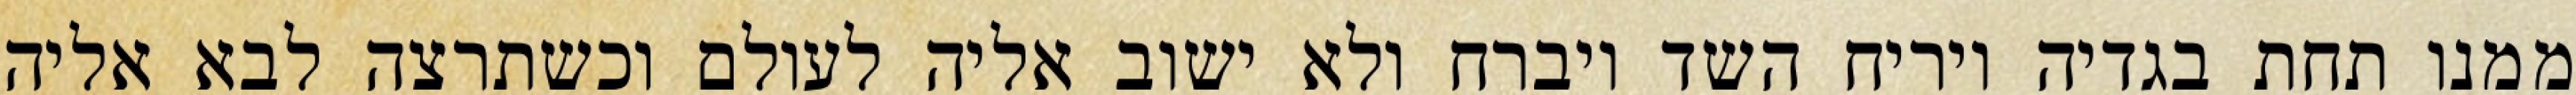
ממנו תחת בגדיה ויריח השד ויברח ולא ישוב אליה לעולם וכשתרצה לבא אליה